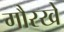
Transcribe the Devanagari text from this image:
गौरखे